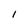
Character: I